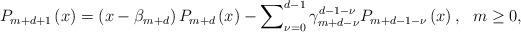
LaTeX: \begin{align*}P_{m+d+1}\left( x\right) =\left( x-\beta _{m+d}\right) P_{m+d}\left(x\right) -\sum\nolimits_{\nu =0}^{d-1}\gamma _{m+d-\nu}^{d-1-\nu}P_{m+d-1-\nu }\left( x\right) ,\ \ m\geq 0, \end{align*}